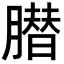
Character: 𦠛